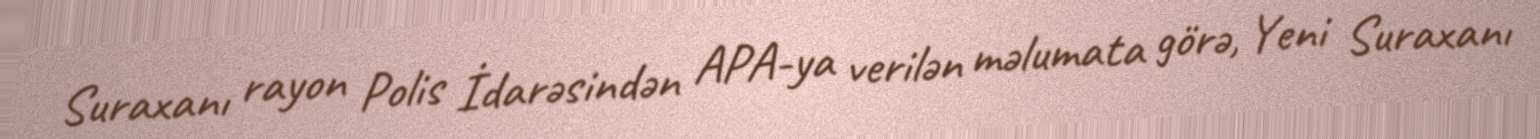
Suraxanı rayon Polis İdarəsindən APA-ya verilən məlumata görə, Yeni Suraxanı